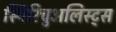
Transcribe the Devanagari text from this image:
स्पिरिचुअलिस्ट्स